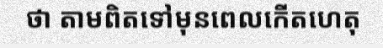
ថា តាមពិតទៅមុនពេលកើតហេតុ